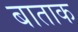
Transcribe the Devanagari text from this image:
बाताक